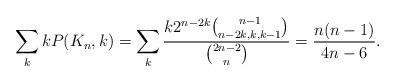
LaTeX: \begin{align*}\sum_k kP(K_n,k)=\sum_k \frac{k2^{n-2k}{n-1\choose n-2k,k,k-1}}{{2n-2\choose n}}=\frac{n(n-1)}{4n-6}.\end{align*}